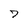
Character: 7